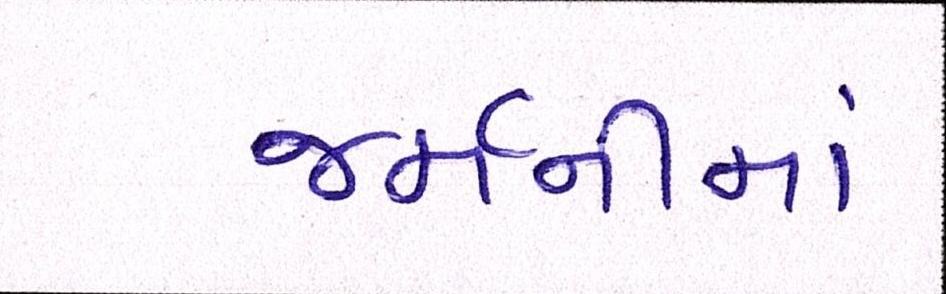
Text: જર્મનીમાં